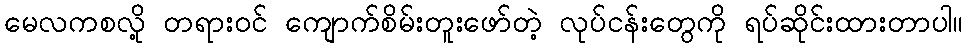
မေလကစလို့ တရားဝင် ကျောက်စိမ်းတူးဖော်တဲ့ လုပ်ငန်းတွေကို ရပ်ဆိုင်းထားတာပါ။